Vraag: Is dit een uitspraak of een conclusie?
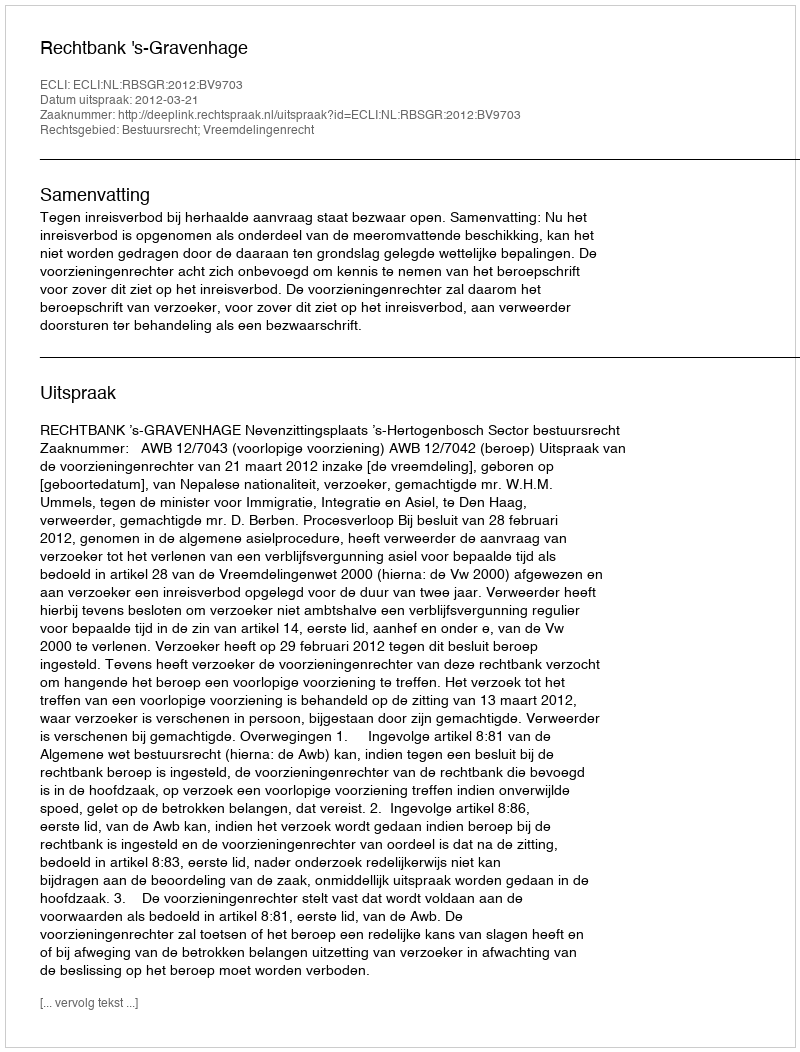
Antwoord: Uitspraak